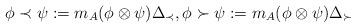
LaTeX: \begin{align*}\phi \prec \psi := m_A(\phi \otimes \psi )\Delta_\prec,\phi \succ \psi := m_A(\phi \otimes \psi )\Delta_\succ\end{align*}